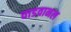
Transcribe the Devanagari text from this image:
वाडवानल